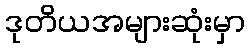
ဒုတိယအများဆုံးမှာ